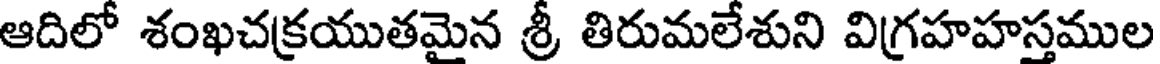
ఆదిలో శంఖచక్రయుతమైన శ్రీ తిరుమలేశుని విగ్రహహస్తముల